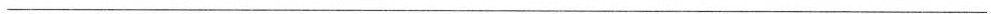
___